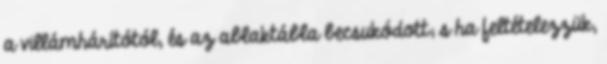
a villámhárítótól, és az ablaktábla becsukódott; s ha feltételezzük,